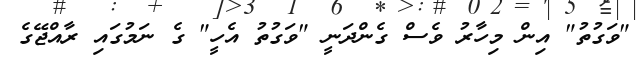
"ވަގުތު" އިން މިހާރު ވެސް ގެންދަނީ "ވަގުތު އެހީ" ގެ ނަމުގައި ރާއްޖޭގެ